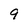
Character: 9